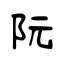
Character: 阮